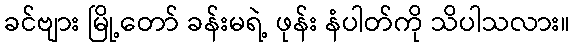
ခင်ဗျား မြို့တော် ခန်းမရဲ့ ဖုန်း နံပါတ်ကို သိပါသလား။